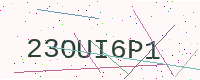
Text: 23OUI6P1